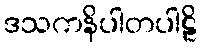
ဒသကနိပါတပါဠိ